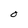
Character: O